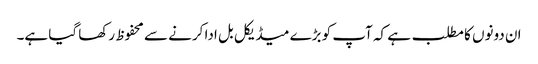
ان دونوں کا مطلب ہے کہ آپ کو بڑے میڈیکل بل ادا کرنے سے محفوظ رکھا گیا ہے۔